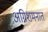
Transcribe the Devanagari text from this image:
अग्निशमनात